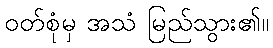
ဝတ်စုံမှ အသံ မြည်သွား၏။